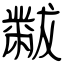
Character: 黻